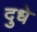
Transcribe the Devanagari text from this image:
दुधे